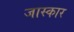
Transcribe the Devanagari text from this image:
जास्कार